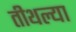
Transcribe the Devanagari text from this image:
तीथल्या